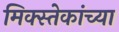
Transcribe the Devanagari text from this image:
मिक्स्तेकांच्या